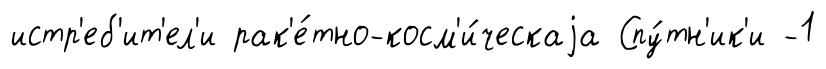
истр'еб'ит'ел'и рак'е́тно-косм'и́ческаjа Спу́тн'ик'и -1